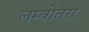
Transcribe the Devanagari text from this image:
लम्बोतरा